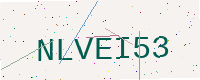
Text: NLVEI53